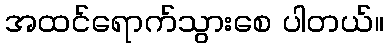
အထင်ရောက်သွားစေ ပါတယ်။